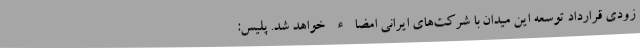
زودی قرارداد توسعه این میدان با شرکت‌های ایرانی امضاء خواهد شد. پلیس: